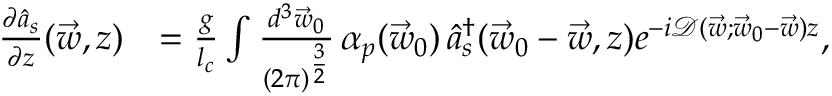
\begin{array} { r l } { \frac { \partial \hat { a } _ { s } } { \partial z } ( \vec { w } , z ) } & { = \frac { g } { l _ { c } } \int \frac { d ^ { 3 } \vec { w } _ { 0 } } { ( 2 \pi ) ^ { \frac { 3 } { 2 } } } \, { \alpha } _ { p } ( \vec { w } _ { 0 } ) \, \hat { a } _ { s } ^ { \dagger } ( \vec { w } _ { 0 } - \vec { w } , z ) e ^ { - i \mathcal D ( \vec { w } ; \vec { w } _ { 0 } - \vec { w } ) z } , } \end{array}